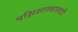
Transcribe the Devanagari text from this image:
पक्षिशास्त्रासाठी